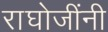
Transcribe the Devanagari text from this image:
राघोजींनी